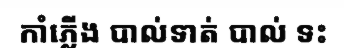
កាំភ្លើង បាល់ទាត់ បាល់ ទះ